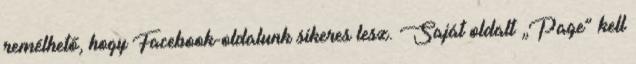
remélhető, hogy Facebook-oldalunk sikeres lesz. Saját oldalt „Page” kell